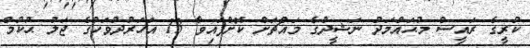
ކުރީގެ ރައީސް މުޙައްމަދު ނަޝީދުގެ މައްޗަށް ކޮށްފައިވާ 13 އަހަރުދުވަހުގެ ޖަލު ޙުކުމް